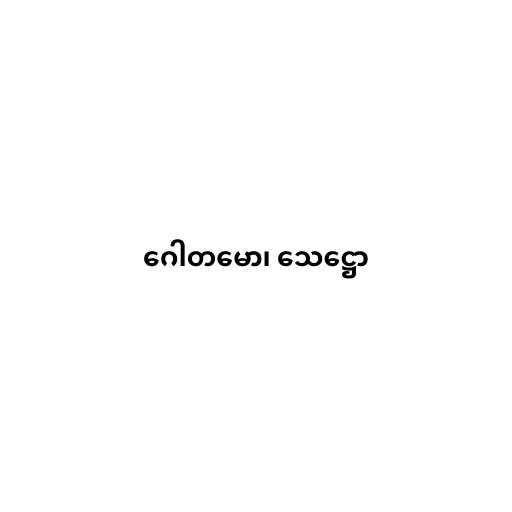
ဂေါတမော၊ သေဋ္ဌော